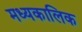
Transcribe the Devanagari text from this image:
मध्यकालिक